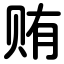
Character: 贿